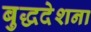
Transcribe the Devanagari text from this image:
बुद्धदेशना